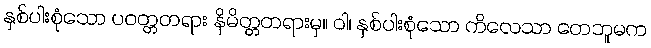
နှစ်ပါးစုံသော ပဝတ္တတရား နိမိတ္တတရားမှ။ ဝါ၊ နှစ်ပါးစုံသော ကိလေသာ တေဘူမက